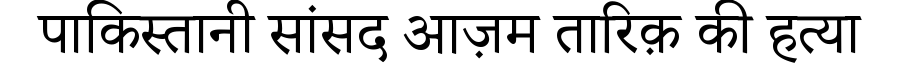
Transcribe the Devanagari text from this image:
पाकिस्तानी सांसद आज़म तारिक़ की हत्या